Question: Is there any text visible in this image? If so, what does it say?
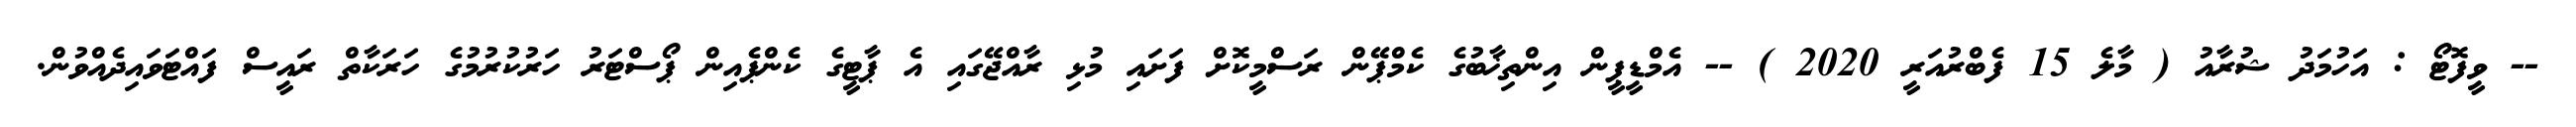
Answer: -- ވީފޮޓޯ : އަހުމަދު ޝުރާއު ( މާލެ 15 ފެބްރުއަރީ 2020 ) -- އެމްޑީޕީން އިންތިޚާބުގެ ކެމްޕޭން ރަސްމީކޮށް ފަށައި މުޅި ރާއްޖޭގައި އެ ޕާޓީގެ ކެންޕެއިން ޕޯސްޓަރު ހަރުކުރުމުގެ ހަރަކާތް ރައީސް ފައްޓަވައިދެއްވުން.